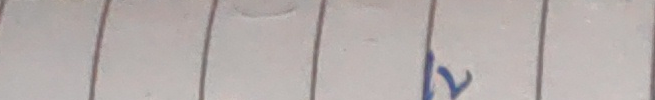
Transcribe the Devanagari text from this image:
१